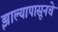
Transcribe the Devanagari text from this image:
झाल्यापासूनचे